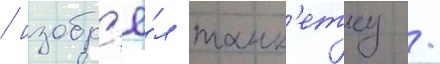
/ изобр'ё́л танк'етку /